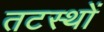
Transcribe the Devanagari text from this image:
तटस्थों